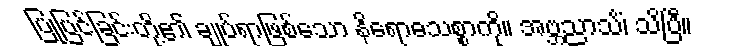
ပြုပြင်ခြင်းတို့၏ ချုပ်ရာဖြစ်သော နိရောဓသစ္စာကို။ အဗ္ဘညာသိံ၊ သိပြီ။